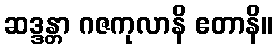
ဆဒ္ဒန္တာ ဂဇကုလာနိ ဧတာနိ။